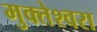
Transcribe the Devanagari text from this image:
मुक्‍तेश्‍वरा